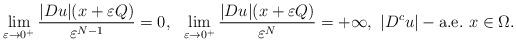
LaTeX: \begin{align*}\lim_{\varepsilon\rightarrow 0^+}\frac{|Du|(x+\varepsilon Q)}{\varepsilon^{N-1}}=0,\,\,\,\,\lim_{\varepsilon\rightarrow 0^+}\frac{|Du|(x+\varepsilon Q)}{\varepsilon^{N}}=+\infty, \,\, |D^cu|-\hbox{a.e.}\,\, x \in\Omega.\end{align*}